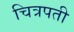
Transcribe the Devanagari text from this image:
चित्रपती